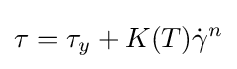
\tau =\tau _{y}+K(T){\dot {\gamma }}^{n}